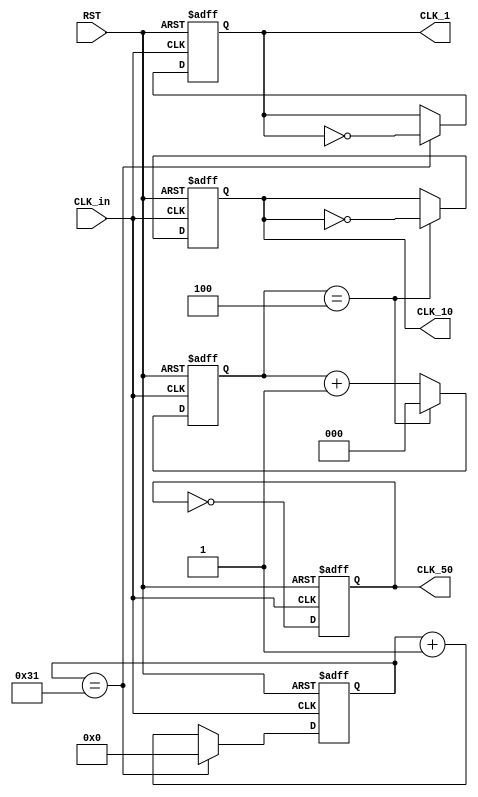
module freq_div (
  input CLK_in,
  input RST,
  output reg CLK_50,
  output reg CLK_10,
  output reg CLK_1
);
  
  reg [2:0] cnt_10;
  reg [6:0] cnt_100;
  
  always @(posedge CLK_in or posedge RST) begin
    if (RST)
      CLK_50 <= 1'b0;
    else
      CLK_50 <= ~CLK_50;
  end
  
  always @(posedge CLK_in or posedge RST) begin
    if (RST) begin
      CLK_10 <= 1'b0;
      cnt_10 <= 3'b0;
    end else begin
      if (cnt_10 == 4) begin
        CLK_10 <= ~CLK_10;
        cnt_10 <= 3'b0;
      end else begin
        cnt_10 <= cnt_10 + 1;
      end
    end
  end
  
  always @(posedge CLK_in or posedge RST) begin
    if (RST) begin
      CLK_1 <= 1'b0;
      cnt_100 <= 6'b0;
    end else begin
      if (cnt_100 == 49) begin
        CLK_1 <= ~CLK_1;
        cnt_100 <= 6'b0;
      end else begin
        cnt_100 <= cnt_100 + 1;
      end
    end
  end
  
endmodule